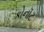
કોનૉટ